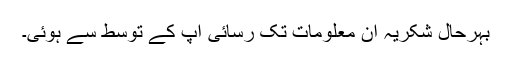
بہرحال شکریہ ان معلومات تک رسائی آپ کے توسط سے ہوئی۔